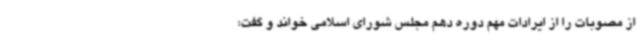
از مصوبات را از ایرادات مهم دوره دهم مجلس شورای اسلامی خواند و گفت: